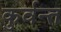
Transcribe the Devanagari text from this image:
कुर्वन्त